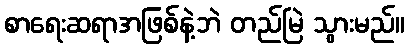
စာရေးဆရာအဖြစ်နဲ့ဘဲ တည်မြဲ သွားမည်။